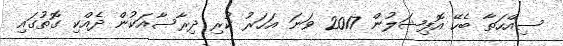
ސިއްހަތާ ބެހޭ އޮފިޝަލުން 2017 ވަނަ އަހަރު ކުރި ދިރާސާއަކުން ދެއްކި ގޮތުގައި